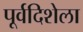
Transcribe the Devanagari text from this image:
पूर्वदिशेला